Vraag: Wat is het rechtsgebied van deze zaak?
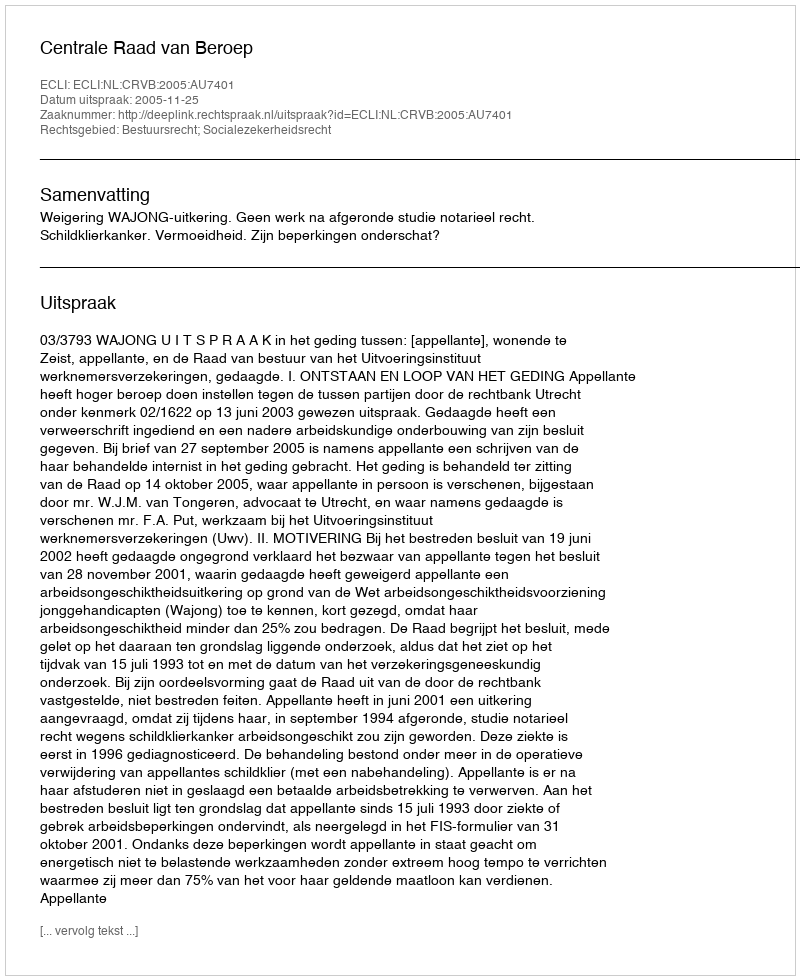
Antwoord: Bestuursrecht; Socialezekerheidsrecht